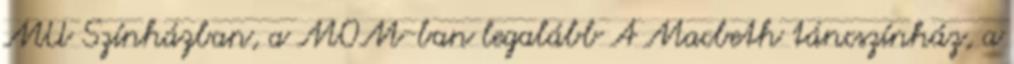
MU Színházban, a MOM-ban legalább A Macbeth táncszínház, a